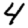
Digit: 4